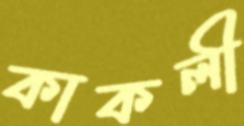
কাকলী